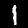
Label: 1